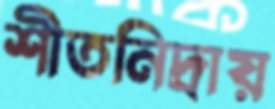
শীতনিদ্রায়